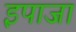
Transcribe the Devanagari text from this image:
इपाजा